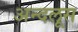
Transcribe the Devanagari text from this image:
अन्दलूस